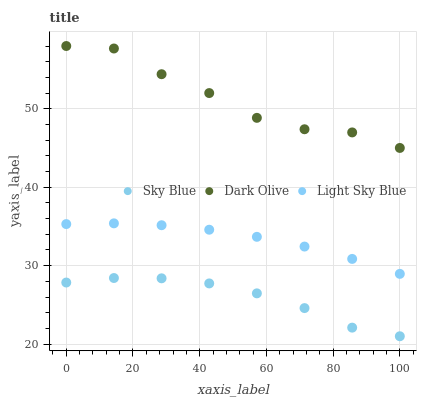
| xaxis_label | Sky Blue | Dark Olive | Light Sky Blue |
 | --- | --- | --- | --- |
 | 0 | 27.8 | 58 | 35.3 |
 | 14.3 | 28.4 | 57.7 | 35.4 |
 | 28.6 | 28.4 | 54.4 | 35.2 |
 | 42.9 | 27.7 | 52 | 34.6 |
 | 57.1 | 26.5 | 48.8 | 33.7 |
 | 71.4 | 24.6 | 47.4 | 32.4 |
 | 85.7 | 22.1 | 47 | 30.9 |
 | 100 | 21 | 45 | 29 |